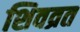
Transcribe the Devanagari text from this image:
शिवव्रत